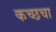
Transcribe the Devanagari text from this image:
कच्छचा